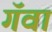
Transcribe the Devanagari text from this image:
गॅवा